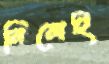
নিলেই